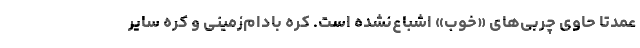
عمدتا حاوی چربی‌های «خوب» اشباع‌نشده است. کره بادام‌زمینی و کره سایر